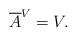
LaTeX: \begin{align*} &\overline{A}^V = V .\end{align*}